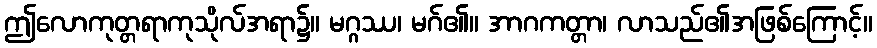
ဤလောကုတ္တရာကုသိုလ်အရာ၌။ မဂ္ဂဿ၊ မဂ်၏။ အာဂကတ္တာ၊ လာသည်၏အဖြစ်ကြောင့်။